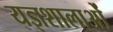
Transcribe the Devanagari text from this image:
यज्ञशालाओं